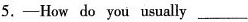
5. -How do you usually ___